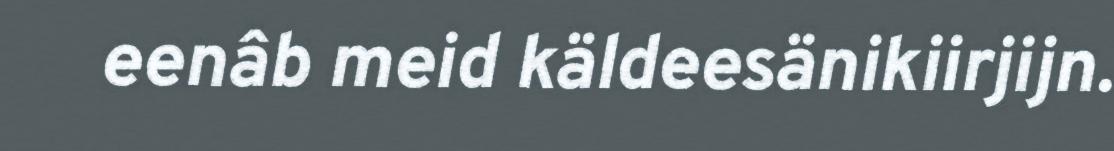
eenâb meid käldeesänikiirjijn.